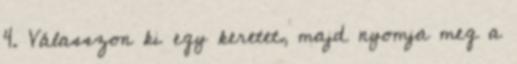
4. Válasszon ki egy keretet, majd nyomja meg a